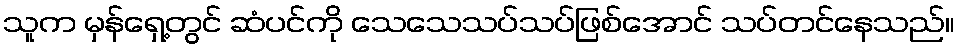
သူက မှန်ရှေ့တွင် ဆံပင်ကို သေသေသပ်သပ်ဖြစ်အောင် သပ်တင်နေသည်။